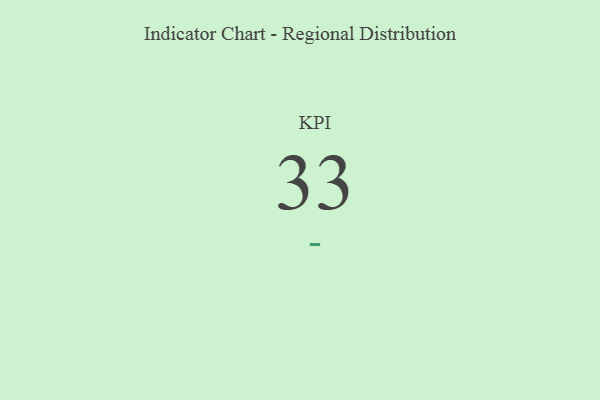
{"axis": {"x": "KPI", "y": "Value"}, "legend": [""], "data": [{"x": "KPI", "y": 33, "type": ""}]}